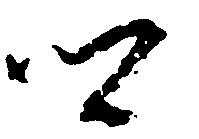
郷